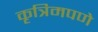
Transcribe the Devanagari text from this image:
कृत्रिमपणे